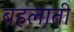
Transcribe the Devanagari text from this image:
बहलाती